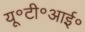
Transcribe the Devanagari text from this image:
यू॰टी॰आई॰